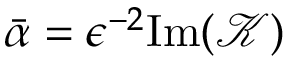
\bar { \alpha } = \epsilon ^ { - 2 } \mathrm { I m } ( \mathcal { K } )